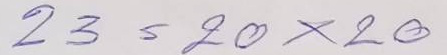
23 = 20 x 20